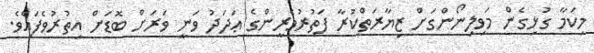
މިކަމާ ގުޅިގެން މަވިލިނޯންގަށް ޒިޔާރަތްކުރާ ފަތުރުވެރީންގެ ޢަދަދު ވަނީ ވަރަށް ބޮޑަށް އިތުރުވެފައެވެ.